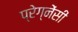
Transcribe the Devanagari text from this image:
प्रेग्नेंसी